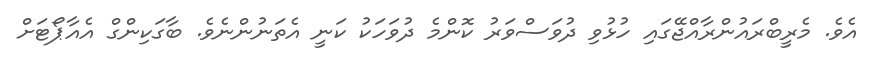
އެވެ. މެރީބްރައުންރާއްޖޭގައި ހުޅުވި ދުވަސްވަރު ކޮންމެ ދުވަހަކު ކަނީ އެތަނުންނެވެ. ބާގަކިންގް އެއާޕޯޓަށް